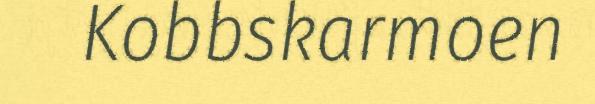
Kobbskarmoen